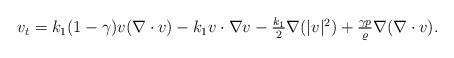
LaTeX: \begin{align*}\begin{array}{ll}v_t = k_1(1-\gamma)v(\nabla\cdot v) - k_1 v\cdot\nabla v- \frac{k_1}{2} \nabla(|v|^2) + \frac{\gamma p}{\varrho}\nabla(\nabla\cdot v).\end{array}\end{align*}